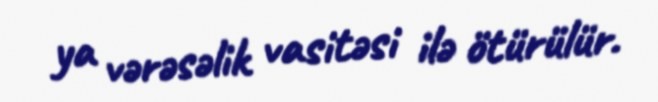
ya vərəsəlik vasitəsi ilə ötürülür.